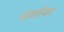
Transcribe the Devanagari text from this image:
वर्ज़ास्का